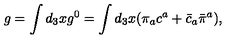
g = \int d _ { 3 } x g ^ { 0 } = \int d _ { 3 } x ( \pi _ { a } c ^ { a } + \bar { c } _ { a } \bar { \pi } ^ { a } ) ,